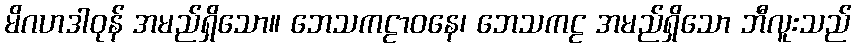
မိဂဟဒါဝုန် အမည်ရှိသော။ ဘေသကဠာဝနေ၊ ဘေသကဠ အမည်ရှိသော ဘီလူးသည်